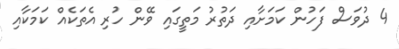
4 ދުވަސް ފަހުން ކަމަށާއި ދަތުރު މަތީގައި ވޭން ހުރި އެތަކެއް ކަމަކާއި